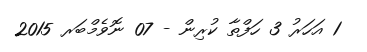
1 އަހަރު 3 ހަފްތާ ކުރިން - 07 ނޮވެމްބަރ 2015